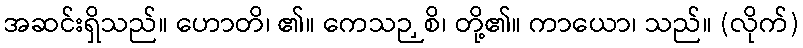
အဆင်းရှိသည်။ ဟောတိ၊ ၏။ ကေသဉှစိ၊ တို့၏။ ကာယော၊ သည်။ (လိုက်)